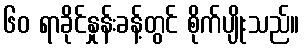
၆၀ ရာခိုင်နှုန်းခန့်တွင် စိုက်ပျိုးသည်။